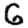
Digit: 6